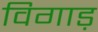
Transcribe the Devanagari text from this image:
विगाड़